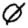
Digit: 0